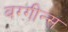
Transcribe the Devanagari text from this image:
बग्गीन्स